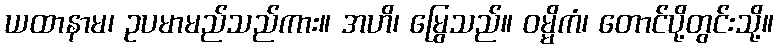
ယထာနာမ၊ ဥပမာမည်သည်ကား။ အဟိ၊ မြွေသည်။ ဝမ္မိကံ၊ တောင်ပို့တွင်းသို့။